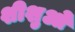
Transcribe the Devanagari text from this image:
शीशुओ